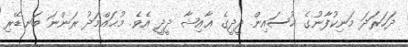
ދަހަރަދަ މަނިކުފާނުގެ ޙުސައިން ދީދީގެ ޢާއިޝާ ދީދީ އެވެ. މުޙައްމަދު ރަންނަ ބަނޑޭރި